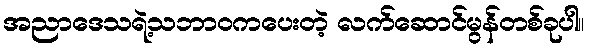
အညာဒေသရဲ့သဘာဝကပေးတဲ့ လက်ဆောင်မွန်တစ်ခုပါ။